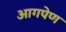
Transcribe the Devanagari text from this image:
आगपेण